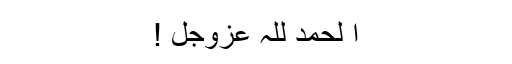
اَ لْحَمْدُ لِلّٰہ عَزَّوَجَلَّ !